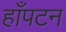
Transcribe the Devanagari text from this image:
हाँपटन